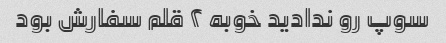
سوپ رو ندادید خوبه ۲ قلم سفارش بود